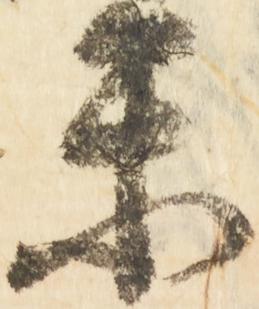
楽